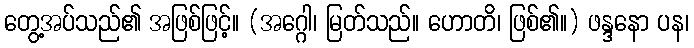
တွေ့အပ်သည်၏ အဖြစ်ဖြင့်။ (အဂ္ဂေါ၊ မြတ်သည်။ ဟောတိ၊ ဖြစ်၏။) ဖန္ဒနော ပန၊